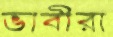
ভাবীরা